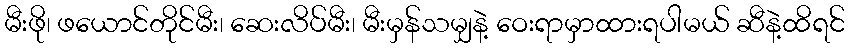
မီးဖို၊ ဖယောင်တိုင်မီး၊ ဆေးလိပ်မီး၊ မီးမှန်သမျှနဲ့ ဝေးရာမှာထားရပါမယ် ဆီနဲ့ထိရင်